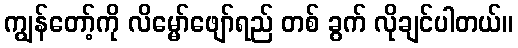
ကျွန်တော့်ကို လိမ္မော်ဖျော်ရည် တစ် ခွက် လိုချင်ပါတယ်။